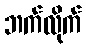
ဘက်လိုက်